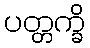
ပတ္တက္ခိ